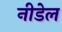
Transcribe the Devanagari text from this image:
नीडेल